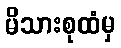
မိသားစုထံမှ